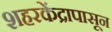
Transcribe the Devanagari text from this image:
शहरकेंद्रापासून